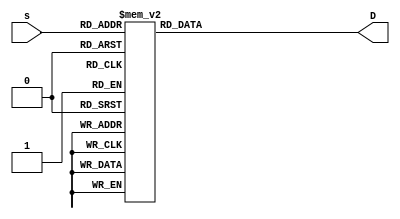
`timescale 1ns / 1ps
//////////////////////////////////////////////////////////////////////////////////
// Company: 
// Engineer: 
// 
// Design Name: 
// Module Name: Decoder
// Project Name: 
// Target Devices: 
// Tool Versions: 
// Description: 
// 
// Dependencies: 
// 
// Revision:
// Revision 0.01 - File Created
// Additional Comments:
// 
//////////////////////////////////////////////////////////////////////////////////


module Decoder(input[3:0] s, output reg [6:0] D);
    always @(*)
      case(s)
        4'd0: D = 7'b000_0001;
        4'd1: D = 7'b100_1111;
        4'd2: D = 7'b001_0010;
        4'd3: D = 7'b000_0110;
        4'd4: D = 7'b100_1100;
        4'd5: D = 7'b010_0100;
        4'd6: D = 7'b010_0000;
        4'd7: D = 7'b000_1111;
        4'd8: D = 7'b000_0000;
        4'd9: D = 7'b000_0100;
        4'd10: D = 7'b000_1000;
        4'd11: D = 7'b110_0000;
        4'd12: D = 7'b011_0001;
        4'd13: D = 7'b100_0010;
        4'd14: D = 7'b011_0000;
        4'd15: D = 7'b011_1000;
        default: D = 7'b111_1111;
      endcase

endmodule